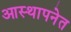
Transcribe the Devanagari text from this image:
आस्थापनेत